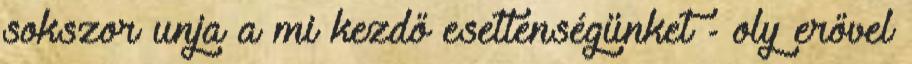
sokszor unja a mi kezdő esetlenségünket - oly erővel